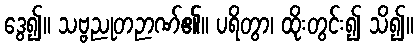
ဒွေ၍။ သဗ္ဗညုတဉာဏ်၏။ ပရိတွာ၊ ထိုးတွင်း၍ သိ၍။